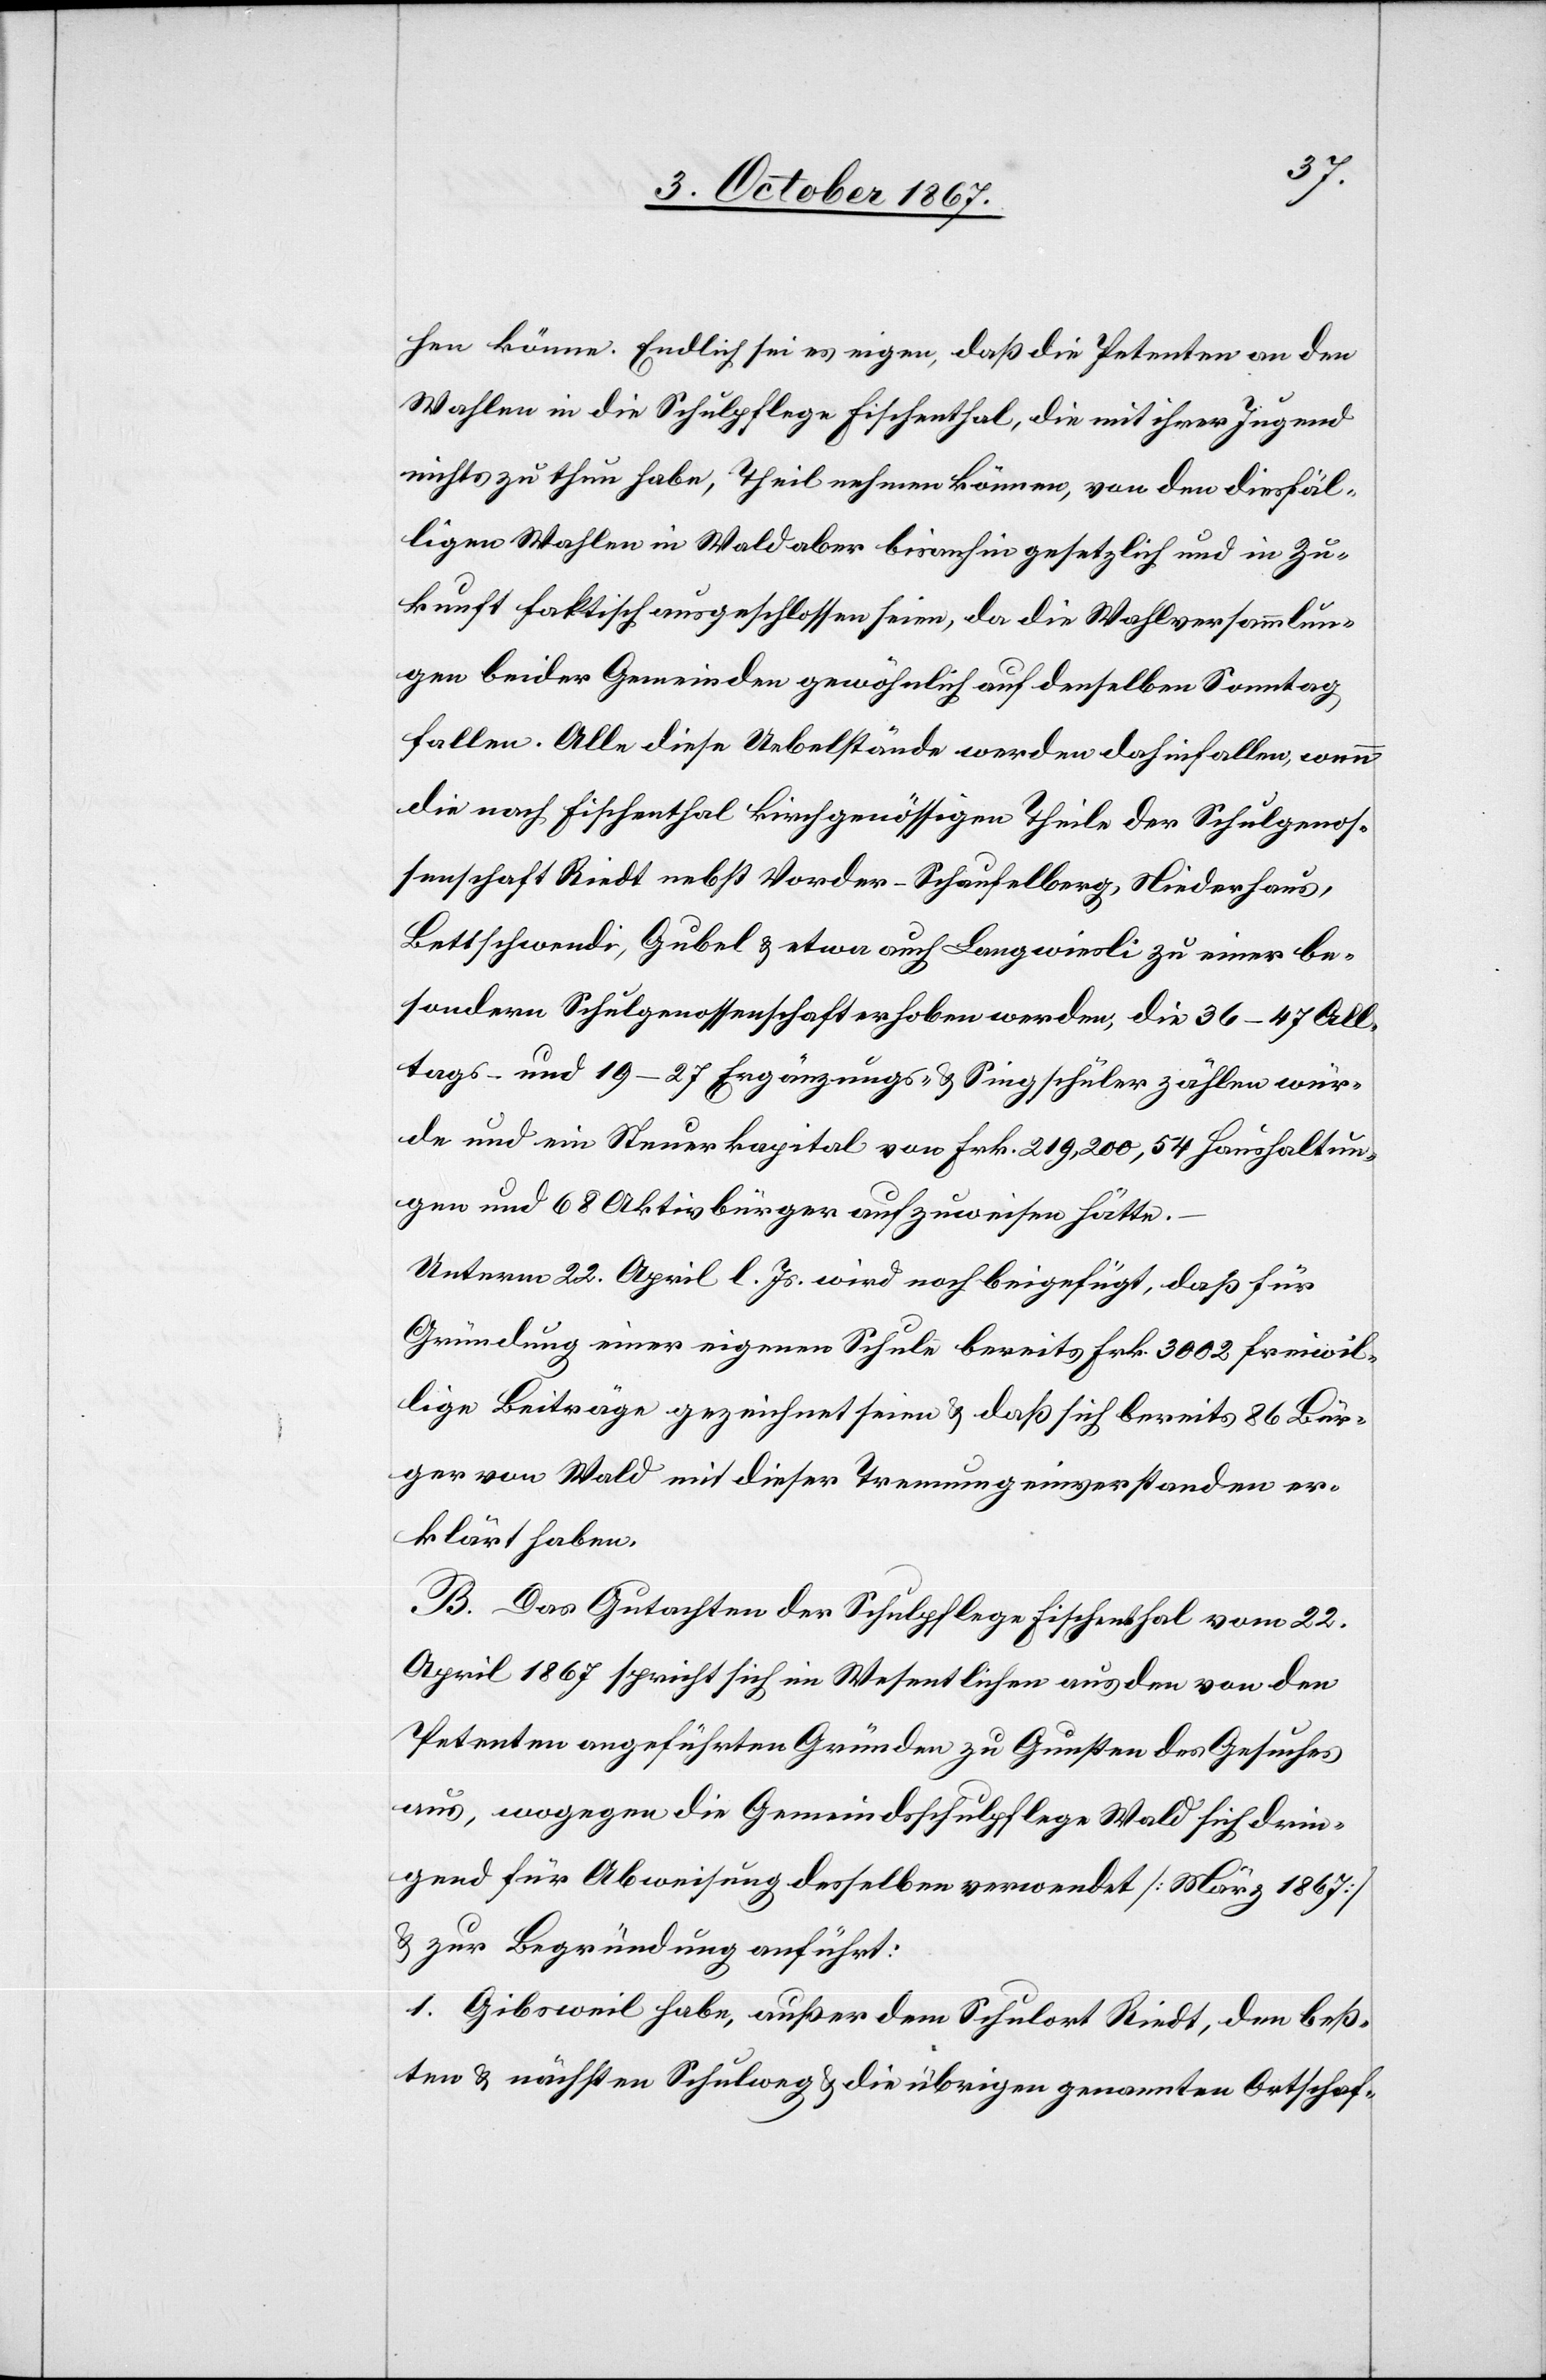
hen könne. Endlich sei es eigen, daß die Petenten an den
Wahlen in die Schulpflege Fischenthal, die mit ihrer Jugend
nichts zu thun habe, Theil nehmen können, von den diesfäl¬
ligen Wahlen in Wald aber bisanhin gesetzlich und in Zu¬
kunft faktisch ausgeschlossen seien, da die Wahlversammlun¬
gen beider Gemeinde gewöhnlich auf denselben Sonntag
fallen. Alle diese Uebelstände werden dahinfallen, wenn
die nach Fischenthal kirchgenössigen Theile der Schulgenos¬
senschaft Riedt nebst Vorder-Schaufelberg, Niederhaus,
Bettschwendi, Gubel u. etwa auch Langwiesli zu einer be¬
sondern Schulgenossenschaft erhoben werden, die 36–47 All¬
tags- und 19–27 Ergänzungs- u. Singschüler zählen wür¬
de und ein Steuerkapital von Frk. 219 200, 54 Haushaltun¬
gen und 68 Aktivbürger aufzuweisen hätte.
–
Unterm 22. April l. Js. wird noch beigefügt, daß für
Gründung einer eigenen Schule bereits Frk. 3002 freiwil¬
lige Beiträge gezeichnet seien u. daß sich bereits 86 Bür¬
ger von Wald mit dieser Trennung einverstanden er¬
klärt haben.
B. Das Gutachten der Schulpflege Fischenthal vom 22.
April 1867 spricht sich im Wesentlichen aus den von den
Petenten angeführten Gründen zu Gunsten des Gesuches
aus, wogegen die Gemeindsschulpflege Wald sich drin¬
gend für Abweisung desselben verwendet [März 1867]
u. zur Begründung anführt:
1. Gibsweil habe, außer dem Schulort Riedt, den beß¬
ten u. nächsten Schulweg u. die übrigen genannten Ortschaf-